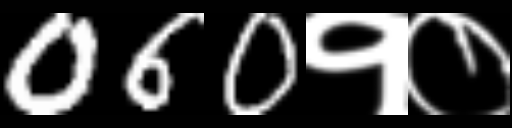
Text: 060१०